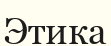
Этика